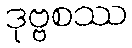
ဒုဗ္ဗစဿ